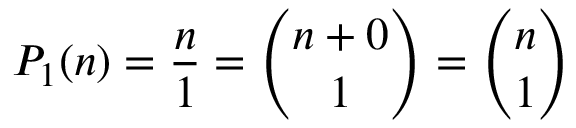
P _ { 1 } ( n ) = { \frac { n } { 1 } } = { \binom { n + 0 } { 1 } } = { \binom { n } { 1 } }